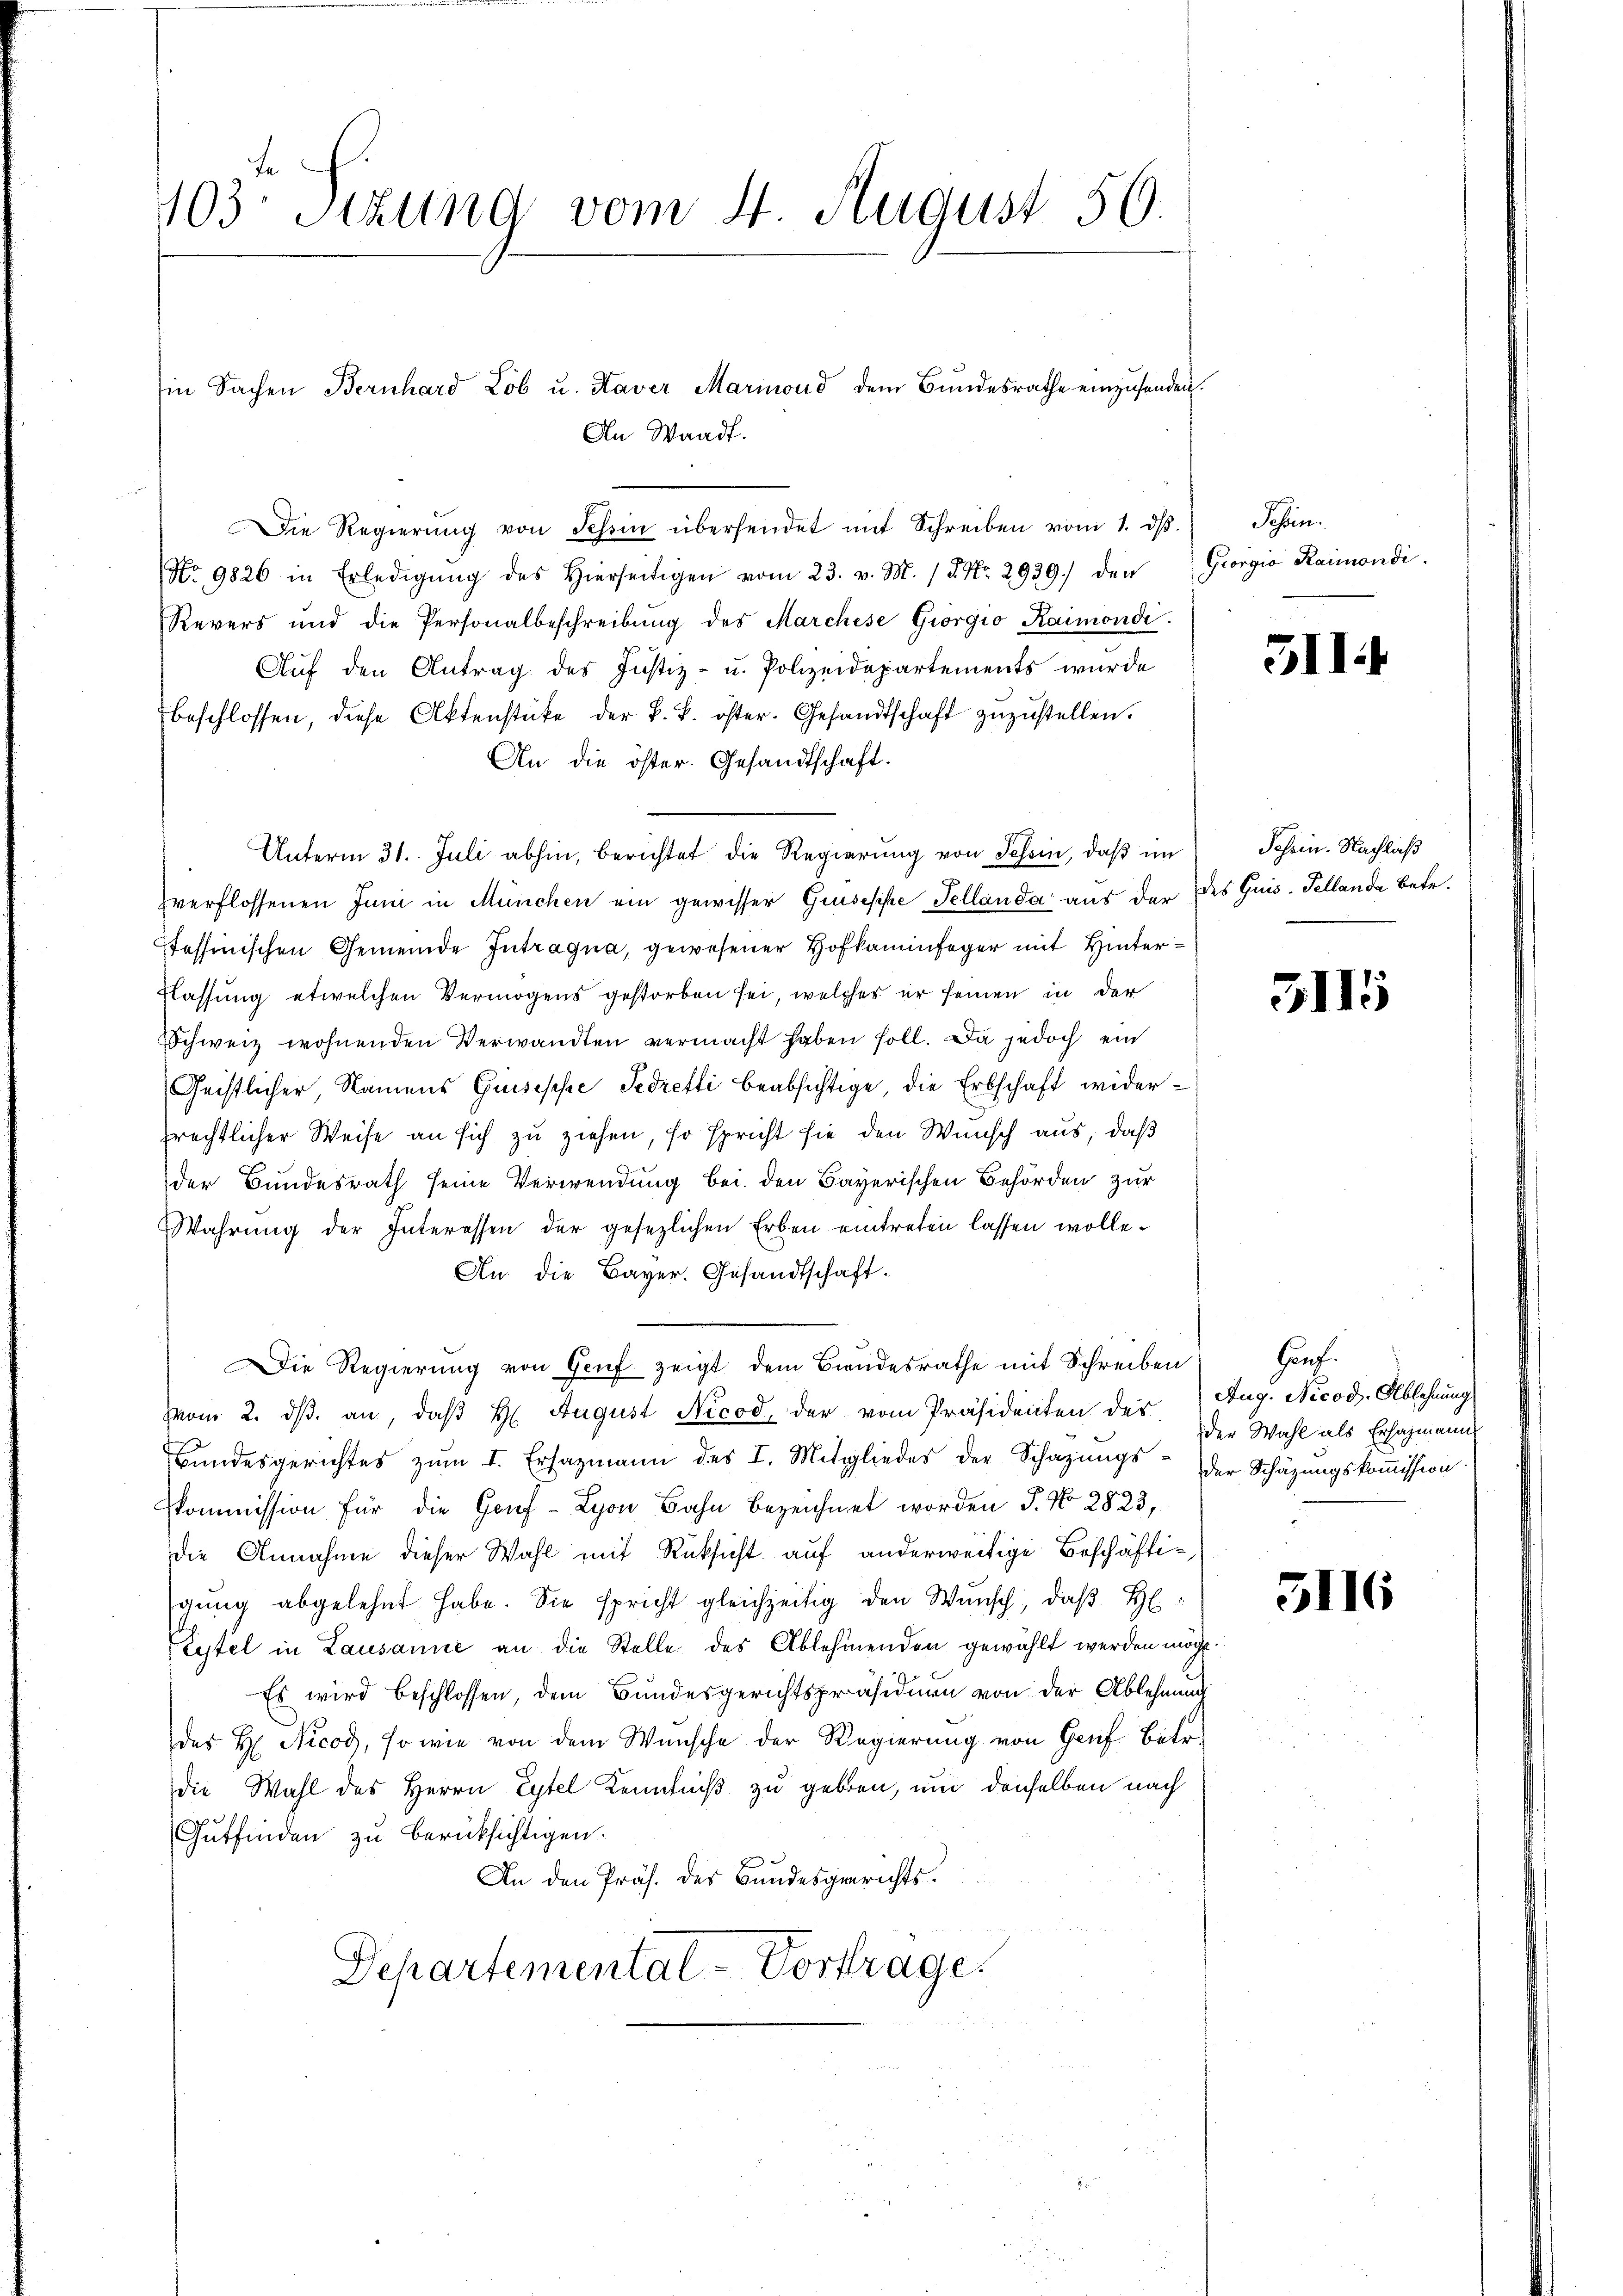
103 Sizung vom 4. August 56.

in Sachen Bernhard Lob u. Haver Marmond dem Bundesrathe einzusenden.
An Waadt.

Die Regierŭng von Tessin übersendet mit Schreiben vom 1. dβ.
(No 9826 in Erledigŭng des Hierseitigen vom 23. v. M. 18. No. 2939.) den Giorgio Raimondi
Revers und die Personalbeschreibŭng des Marchese Giorgio Kaimondi
Aŭf den Antrag des Justiz- u. Polizeidepartements wurde
beschlossen, diese Aktenstücke der k. k. öster. Gesandtschaft zuzustellen.
An die öster. Gesandtschaft.
Unterm 31. Juli abhin, berichtet die Regierung von Schein, daß im
zverflossenen Juni in München ein gewisser Grisische Fellanda aus der des Quis-Tellanda betr.
Tessinischen Gemeinde Intragua, gewesener Hofkaminfeger mit Hinter¬
Klassung etwelchen Vermögens gestorben sei, welches er seinen in der
Schweiz wohnenden Verwandten vermacht haben soll. Da jedoch ein
Geistlicher, Namens Guseppe Sedretti beabsichtige, die Erbschaft widerrechtlicher Weise an sich zu ziehen, so spricht sie den Wunsch aus, daß
der Bundesrath seine Verwendung bei den Bayerischen Behörden zur
Wahrŭng der Interessen der gesezlichen Erben eintreten lassen wolle.
An die Bayer. Gesandtschaft.
Die Regierung von Genf zeigt dem Bundesrathe mit Schreiben
vom 2. dβ an, daß H. August Nicod, der vom Präsidenten der Aug. Nicod. Ablehnung,
Bŭndesgerichtes zŭm I. Ersazmann des I. Mitgliedes der Schazungs- der Schäzŭngskoṁission
Commission für die Hof- Lyon Bahn bezeichnet worden J. No 2823,
die Annahme dieser Wahl mit Rücksicht auf anderweitige Beschäftigŭng abgelehnt habe. Sie spricht gleichzeitig den Wunsch, daβ H
Eytel in Lausanne an die Stelle des Ablehnenden gewählt werden möcht.
Es wird beschlossen, dem Bundesgerichtspräsidiren von der Ablehnung
des H. Nicod, sowie von dem Wünsche der Regierung von Genf Betr
die Wahl des Herrn Eytel Kenntniß zu geben, um denselben nach
Gutfinden zu berücksichtigen.
An den Präs. des Bundesgerichts¬
Departemental-Vortrage.

Sehen.

511

Schein. Nachlaß

5115

Hach.
der Wahl als Ersazmanns

5116